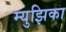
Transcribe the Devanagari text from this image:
म्युझिका